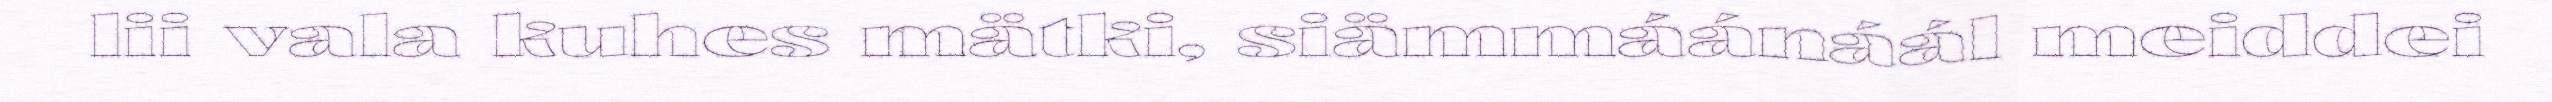
lii vala kuhes mätki, siämmáánáál meiddei